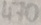
Text: 470